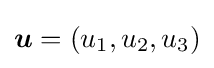
{\boldsymbol {u}}=(u_{1},u_{2},u_{3})